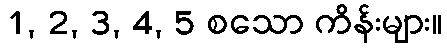
1, 2, 3, 4, 5 စသော ကိန်းများ။